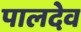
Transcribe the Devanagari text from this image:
पालदेव